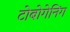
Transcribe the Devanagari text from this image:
टोबोगेनिंग